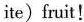
ite) fruit!